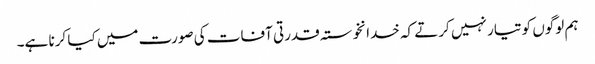
ہم لوگوں کو تیار نہیں کرتے کہ خدانخوستہ قدرتی آفات کی صورت میں کیا کرنا ہے۔